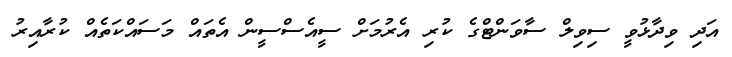
އަދި ވިދާޅުވީ ސިވިލް ސާވަންޓްގެ ކުރި އެރުމަށް ސީއެސްސީން އެތައް މަސައްކަތެއް ކުރާއިރު